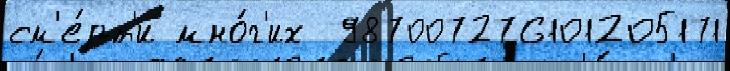
см'е́рт'и мно́г'их  987007276101205171